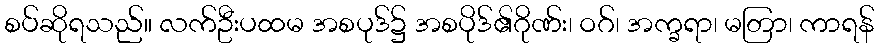
စပ်ဆိုရသည်။ လက်ဦးပထမ အစပုဒ်၌ အစပိုဒ်၏ဂိုဏ်း၊ ဝဂ်၊ အက္ခရာ၊ မတြာ၊ ကာရန်